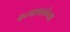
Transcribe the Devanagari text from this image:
कलाशाखेच्या